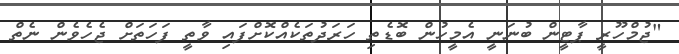
"ޖުމްހޫރީ ޕާޓީން ބުނަނީ އެމީހުން ބޮޑެތި ހަރަދުތަކެއްކޮށްފައި ވާތީ ފަހަތަށް ޖެހެވެން ނެތް